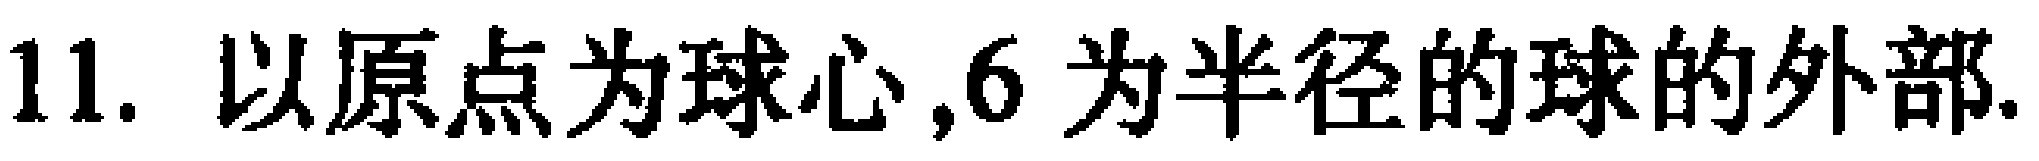
11. 以原点为球心,6 为半径的球的外部.